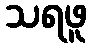
သရဖူ